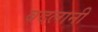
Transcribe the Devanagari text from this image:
बदलानी